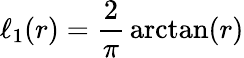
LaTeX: \ell_{1}(r)={\frac{2}{\pi}}\arctan(r)